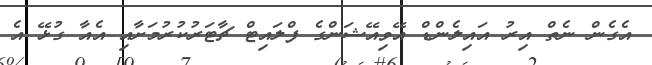
އެގެން ނެތް އިރު އައިލެންޑް އޭވިއޭޝަންގެ ފްލައިޓް ޗާޓަރުކުރުމަށާއި އެއާ ގުޅޭ އެ